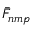
\bar { F } _ { n m p }